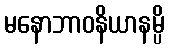
မနောဘာဝနိယာနမ္ပိ